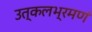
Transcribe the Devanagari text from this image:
उत्कलभ्रमणं